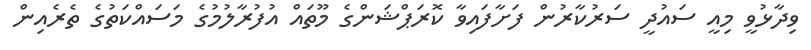
ވިދާޅުވީ މިއީ ސައުދީ ސަރުކާރުން ފަށާފައިވާ ކޮރަޕްޝަންގެ މޫތައް އުފުރާލުމުގެ މަސައްކަތުގެ ތެރެެއިން